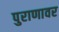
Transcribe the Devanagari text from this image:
पुराणावर